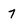
Character: 7